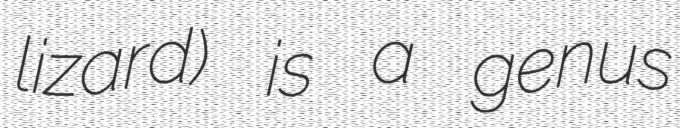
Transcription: lizard) is a genus